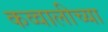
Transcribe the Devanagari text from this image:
कव्वालीच्या